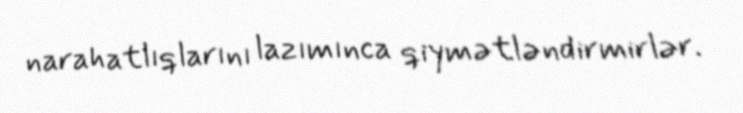
narahatlıqlarını lazımınca qiymətləndirmirlər.